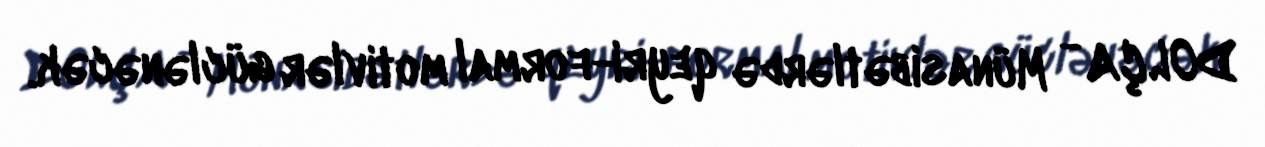
DOLÇA - Münasibətlərdə qeyri-formal motivlər güclənəcək.